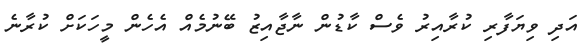
އަދި ވިޔަފާރި ކުރާއިރު ވެސް ކާޑުން ނާޖާއިޒު ބޭނުމެއް އެހެން މީހަކަށް ކުރާނެ